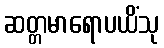
ဆတ္တမာရောပယိံသု